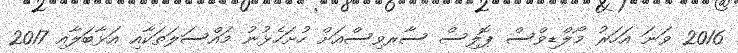
2016 ވަނަ އަހަރު މޯލްޑިވްސް ޕޮލިސް ސާރވިސްއަށް ހުށަހެޅުނު މައްސަލަތަކާއި އަޅާބަލާއި 2017